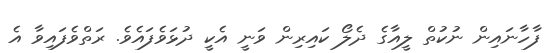
ފާހާނައިން ނުކުތް ލީއާގެ ދެލޯ ކައިރިން ވަނީ އެކީ ދުޅަވެފައެވެ. ރަތްވެފައިވާ އެ